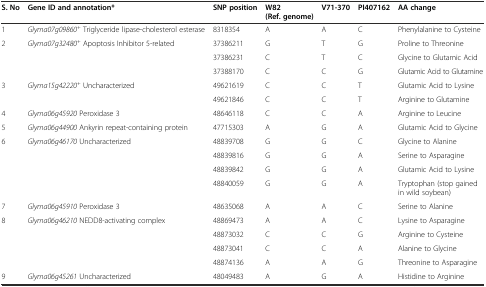
<table><thead><tr><td><b>S. No</b></td><td><b>Gene ID and annotation*</b></td><td><b>SNP position</b></td><td><b>W82 (Ref. genome)</b></td><td><b>V71-370</b></td><td><b>PI407162</b></td><td><b>AA change</b></td></tr></thead><tbody><tr><td>1</td><td><i>Glyma07g09860</i><sup><i>+</i></sup> Triglyceride lipase-cholesterol esterase</td><td>8318354</td><td>A</td><td>A</td><td>C</td><td>Phenylalanine to Cysteine</td></tr><tr><td rowspan="3">2</td><td rowspan="3"><i>Glyma07g32480</i><sup><i>+</i></sup> Apoptosis Inhibitor 5-related</td><td>37386211</td><td>G</td><td>T</td><td>G</td><td>Proline to Threonine</td></tr><tr><td>37386231</td><td>C</td><td>T</td><td>C</td><td>Glycine to Glutamic Acid</td></tr><tr><td>37388170</td><td>C</td><td>C</td><td>G</td><td>Glutamic Acid to Glutamine</td></tr><tr><td rowspan="2">3</td><td rowspan="2"><i>Glyma15g42220</i><sup><i>+</i></sup> Uncharacterized</td><td>49621619</td><td>C</td><td>C</td><td>T</td><td>Glutamic Acid to Lysine</td></tr><tr><td>49621846</td><td>C</td><td>C</td><td>T</td><td>Arginine to Glutamine</td></tr><tr><td>4</td><td><i>Glyma06g45920</i> Peroxidase 3</td><td>48646118</td><td>C</td><td>C</td><td>A</td><td>Arginine to Leucine</td></tr><tr><td>5</td><td><i>Glyma06g44900</i> Ankyrin repeat-containing protein</td><td>47715303</td><td>A</td><td>G</td><td>A</td><td>Glutamic Acid to Glycine</td></tr><tr><td rowspan="4">6</td><td rowspan="4"><i>Glyma06g46170</i> Uncharacterized</td><td>48839708</td><td>G</td><td>G</td><td>C</td><td>Glycine to Alanine</td></tr><tr><td>48839816</td><td>G</td><td>G</td><td>A</td><td>Serine to Asparagine</td></tr><tr><td>48839842</td><td>G</td><td>G</td><td>A</td><td>Glutamic Acid to Lysine</td></tr><tr><td>48840059</td><td>G</td><td>G</td><td>A</td><td>Tryptophan (stop gained in wild soybean)</td></tr><tr><td>7</td><td><i>Glyma06g45910</i> Peroxidase 3</td><td>48635068</td><td>A</td><td>A</td><td>C</td><td>Serine to Alanine</td></tr><tr><td rowspan="4">8</td><td rowspan="4"><i>Glyma06g46210</i> NEDD8-activating complex</td><td>48869473</td><td>A</td><td>A</td><td>C</td><td>Lysine to Asparagine</td></tr><tr><td>48873032</td><td>C</td><td>C</td><td>G</td><td>Arginine to Cysteine</td></tr><tr><td>48873041</td><td>C</td><td>C</td><td>A</td><td>Alanine to Glycine</td></tr><tr><td>48874136</td><td>A</td><td>A</td><td>G</td><td>Threonine to Asparagine</td></tr><tr><td>9</td><td><i>Glyma06g45261</i> Uncharacterized</td><td>48049483</td><td>A</td><td>G</td><td>A</td><td>Histidine to Arginine</td></tr></tbody></table>